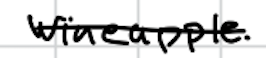
Text: Wineapple.
Cross-out: single-line
Writing tool: digital_black